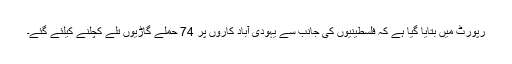
رپورٹ میں بتایا گیا ہے کہ فلسطینیوں کی جانب سے یہودی آباد کاروں پر 74 حملے گاڑیوں تلے کچلنے کیلئے گئے۔